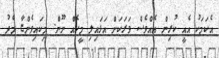
އެކަމަކު އެއީ ކުރިން އެއްވެސް ވަރަކަށް އަޅައިލި މީހެއް ނޫން. މިކައިވެންޏާ މެދު